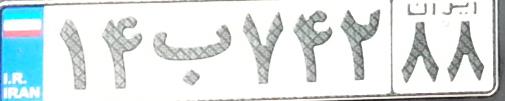
۱۴ب۷۴۲۸۸